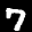
Label: 7